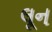
લૂન